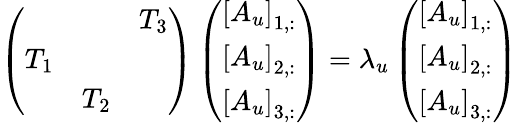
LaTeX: \left(\begin{array}{lll}&&{T_{3}}\\ {T_{1}}&&\\ &{T_{2}}&\end{array}\right)\left(\begin{array}{l}{\left[A_{u}\right]_{1,:}}\\ {\left[A_{u}\right]_{2,:}}\\ {\left[A_{u}\right]_{3,:}}\end{array}\right)=\lambda_{u}\left(\begin{array}{l}{\left[A_{u}\right]_{1,:}}\\ {\left[A_{u}\right]_{2,:}}\\ {\left[A_{u}\right]_{3,:}}\end{array}\right)